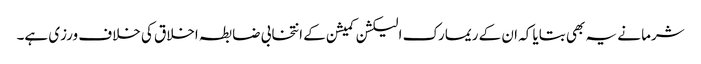
شرما نے یہ بھی بتایا کہ ان کے ریمارک الیکشن کمیشن کے انتخابی ضابطہ اخلاق کی خلاف ورزی ہے۔